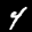
Label: 4